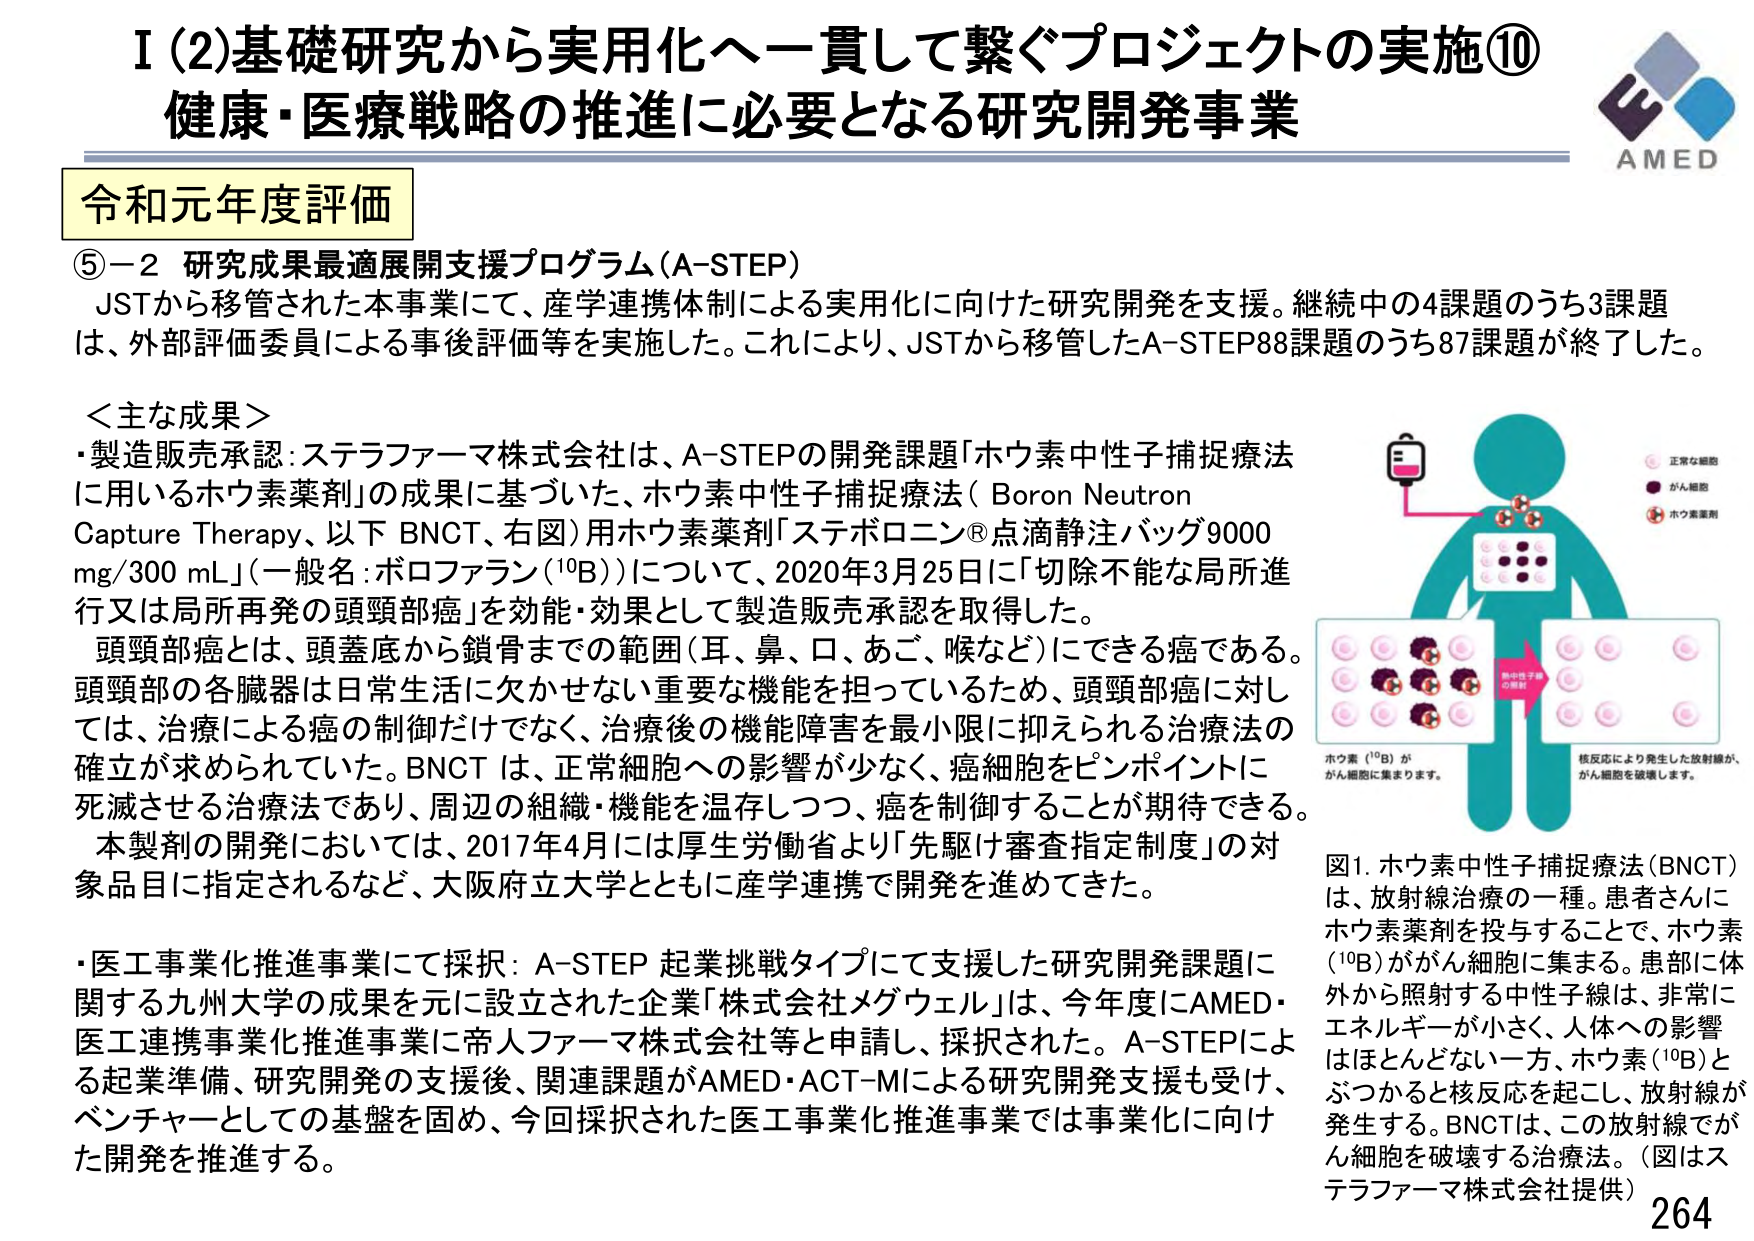
I (2) 基礎研究から実用化へ一貫して繋ぐプロジェクトの実施⑩
健康・医療戦略の推進に必要となる研究開発事業

AMED

令和元年度評価

⑤－2 研究成果最適展開支援プログラム（A-STEP）
JSTから移管された本事業にて、産学連携体制による実用化に向けた研究開発を支援。継続中の4課題のうち3課題は、外部評価委員による事後評価等を実施した。これにより、JSTから移管したA-STEP88課題のうち87課題が終了した。

＜主な成果＞
・製造販売承認：ステラファーマ株式会社は、A-STEPの開発課題「ホウ素中性子捕捉療法に用いるホウ素薬剤」の成果に基づいた、ホウ素中性子捕捉療法（Boron Neutron Capture Therapy、以下 BNCT、右図）用ホウ素薬剤「ステボロニン®点滴静注バッグ9000 mg/300 mL」（一般名：ボロファラン（¹⁰B））について、2020年3月25日に「切除不能な局所進行又は局所再発の頭頸部癌」を効能・効果として製造販売承認を取得した。
頭頸部癌とは、頭蓋底から鎖骨までの範囲（耳、鼻、口、あご、喉など）にできる癌である。頭頸部の各臓器は日常生活に欠かせない重要な機能を担っているため、頭頸部癌に対しては、治療による癌の制御だけでなく、治療後の機能障害を最小限に抑えられる治療法の確立が求められていた。BNCTは、正常細胞への影響が少なく、癌細胞をピンポイントに死滅させる治療法であり、周辺の組織・機能を温存しつつ、癌を制御することが期待できる。
本製剤の開発においては、2017年4月には厚生労働省より「先駆け審査指定制度」の対象品目に指定されるなど、大阪府立大学とともに産学連携で開発を進めてきた。

・医工事業化推進事業にて採択：A-STEP 起業挑戦タイプにて支援した研究開発課題に関する九州大学の成果を元に設立された企業「株式会社メグウェル」は、今年度にAMED・医工連携事業化推進事業に帝人ファーマ株式会社等と申請し、採択された。A-STEPによる起業準備、研究開発の支援後、関連課題がAMED・ACT-MIによる研究開発支援も受け、ベンチャーとしての基盤を固め、今回採択された医工事業化推進事業では事業化に向けた開発を推進する。

図1. ホウ素中性子捕捉療法（BNCT）は、放射線治療の一種。患者さんにホウ素薬剤を投与することで、ホウ素（¹⁰B）ががん細胞に集まる。患部に体外から照射する中性子線は、非常にエネルギーが小さく、人体への影響はほとんどない一方、ホウ素（¹⁰B）とぶつかると核反応を起こし、放射線が発生する。BNCTは、この放射線でがん細胞を破壊する治療法。（図はステラファーマ株式会社提供）

正常細胞
がん細胞
ホウ素薬剤

ホウ素（¹⁰B）ががん細胞に集まります。
核反応により発生した放射線が、がん細胞を破壊します。

264